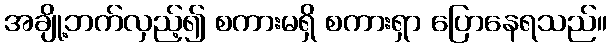
အချို့ဘက်လှည့်၍ စကားမရှိ စကားရှာ ပြောနေရသည်။